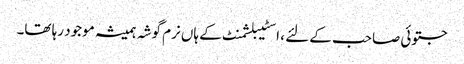
جتوئی صاحب کے لئے ، اسٹیبلشمنٹ کے ہاں نرم گوشہ ہمیشہ موجود رہا تھا۔